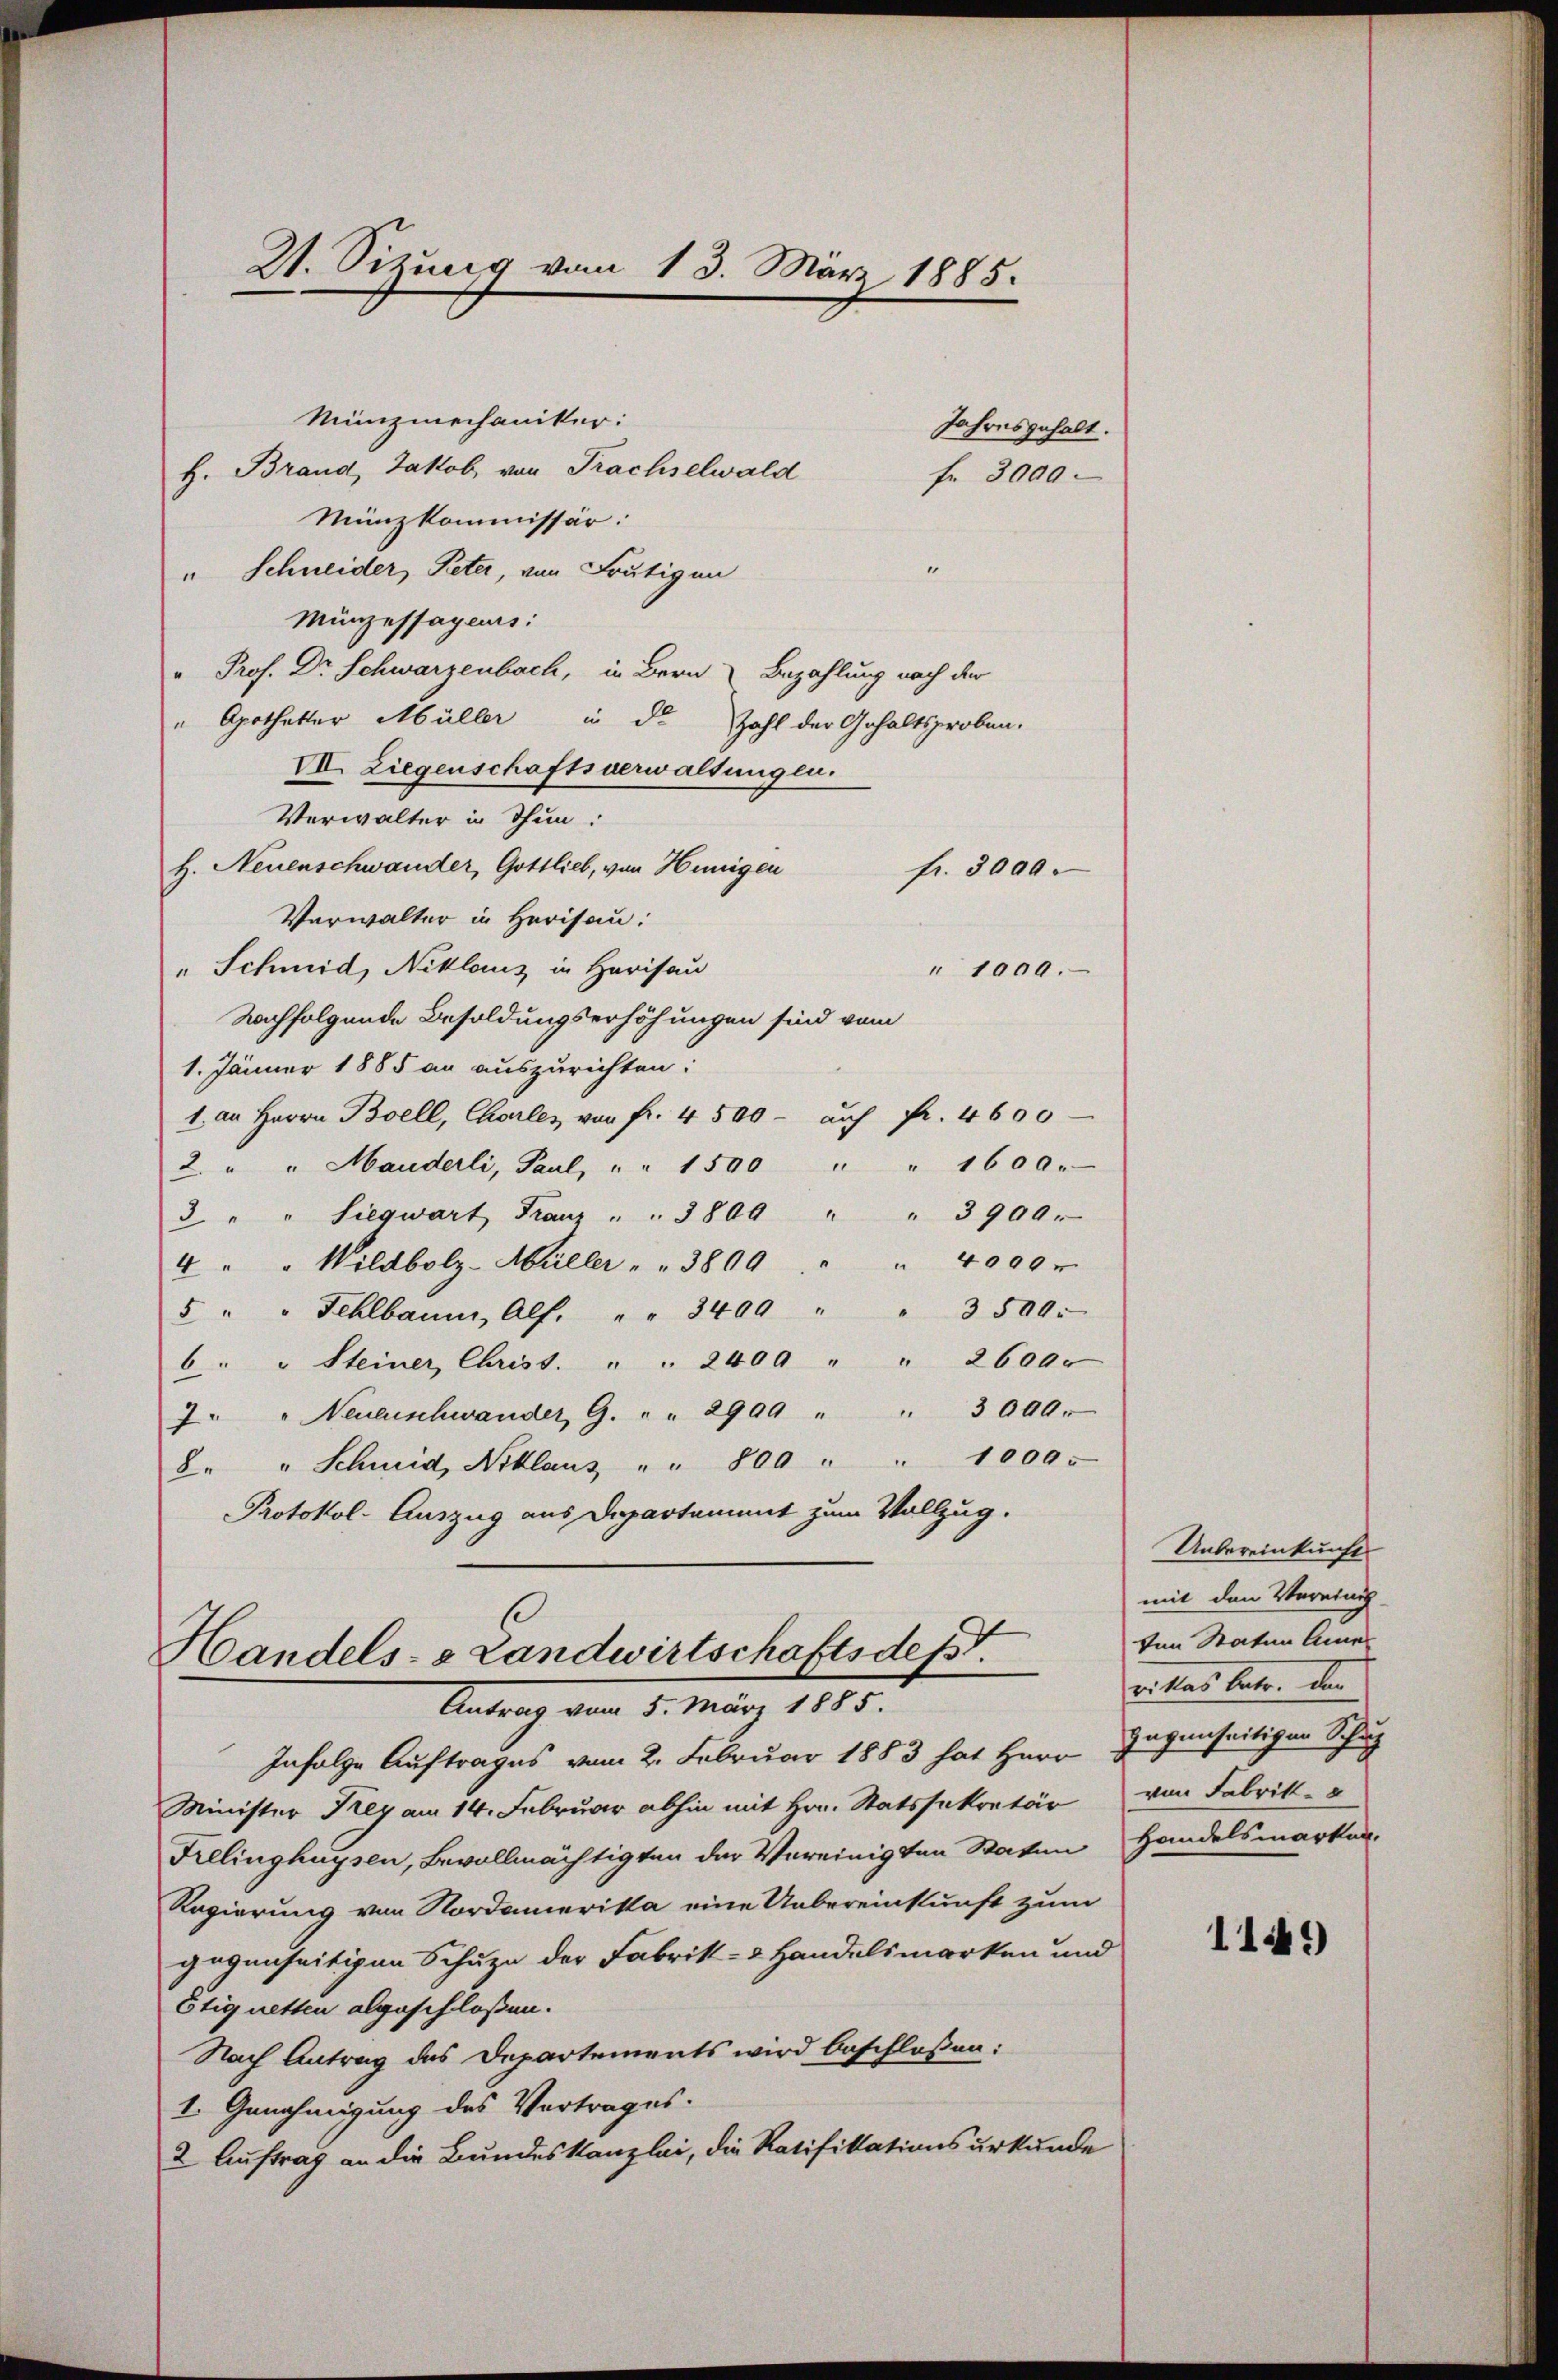
21. Sitzung vom 13. März 1885.

Antrag vom 5. März 1885.

Münzmechaniker:
H. Brand, Jakob, von Prachselwald
fr. 3000.
Münzkommissär:
1
" Schneider, Peter, von Frutigen
Münzessages:
Prof. Dr Schwarzenbach, in Bern Bezahlung nach der
" Apotheker Müller in die Zahl der Gehaltsproben.
VII. Liegenschaftsverwaltungen.
Verwalter in Thun:
H. Neuenschwander, Gottlieb, von Hünigen
fr. 3000.
Verwalter in Herisau:
" Schmid, Niklaus in Harisau
" 1000.
Nachfolgende Besoldungserhöhungen sind vom
1. Jänner 1885 an auszurichten:
1. an Herrn Boell, Choles von fr. 4 500 - auf Fr. 4600
2. " " Manderli, Paul, " " 1500 " " 1600.
3 " " Siegwart Franz " " 3800 " " 3900.
4 " " Wildbolz-Müller " " 3800 " " " 4000 r
5 " " Fehlbaum, Alf. " " 3400 " " 3500.
6 " " Steiner Christ. " " 2400 " " 2600.
7 " " Neuenschwander G. " " 2999 " " 3000.
8 " " Schmid, Niklaus " " 800 " " 1000.
Protokol-Auszug aus Departament zum Vollzug.
Handels- & Landwirtschaftsdest.

Infolge Auftrages vom 2. Februar 1883 hat Herr Gegenseitigen Schul
Minister Frey am 14. Februar abhin mit Hrn. Statssekretär
Frelinghaysen, Bevollmächtigten der Vereinigten Staten Handelsmarken.
Regierung von Nordamerika eine Uebereinstunft zum
gegenseitigen Schuze der Fabrik- & Handelsmarken und
Etig netten abgeschloßen.
Nach Antrag des Departements wird beschloßen:
1. Genehmigung des Vertrages.
2 Auftrag an die Bundeskanzlei, die Ratifikationsurkunde

Jahresgehalt.

Uebereinkunft
mit den Vereinig-
von Statum Aner
vr klas betr. der
von Fabrik-

1149